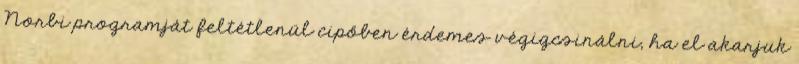
Norbi programját feltétlenül cipőben érdemes végigcsinálni, ha el akarjuk